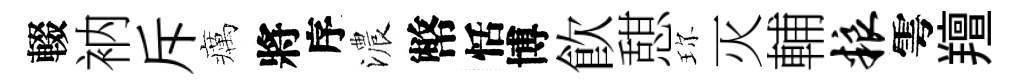
輟衲斥癘將序濃幣恬博飮憇珎灭輔粮雩羶